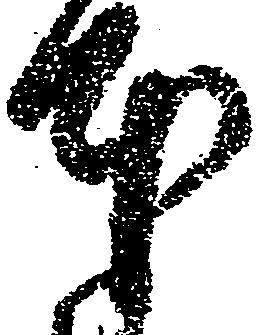
本